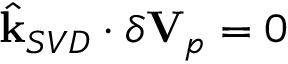
\hat { \mathbf { k } } _ { S V D } \cdot \delta \mathbf { V } _ { p } = 0